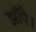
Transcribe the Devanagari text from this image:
झाँपै।